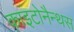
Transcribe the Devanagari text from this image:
काइटोनैन्थस